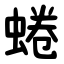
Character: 蜷